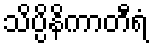
သိပ္ပိနိကာတီရံ